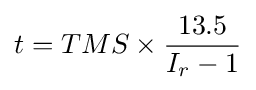
t=TMS\times {\frac {13.5}{I_{r}-1}}